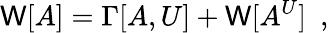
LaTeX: \mathsf{W}[A]=\Gamma[A,U]+\mathsf{W}[A^{U}]\ \ ,